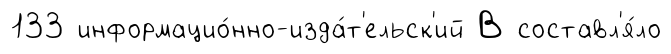
133 информацио́нно-изда́т'ельск'ий В составл'я́ло